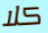
كلا